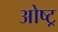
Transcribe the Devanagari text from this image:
ओष्ट्र